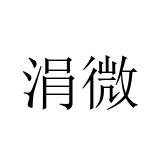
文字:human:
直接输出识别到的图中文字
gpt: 涓微